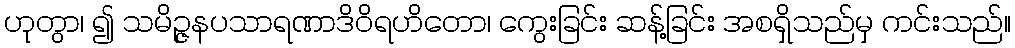
ဟုတွာ၊ ၍ သမိဉ္ဇနပသာရဏာဒိဝိရဟိတော၊ ကွေးခြင်း ဆန့်ခြင်း အစရှိသည်မှ ကင်းသည်။